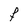
Character: F